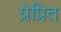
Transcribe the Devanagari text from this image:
प्रेप्रित